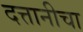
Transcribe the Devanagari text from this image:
दत्तानीचा